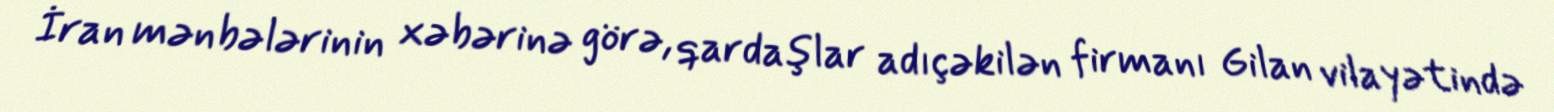
İran mənbələrinin xəbərinə görə, qardaşlar adıçəkilən firmanı Gilan vilayətində